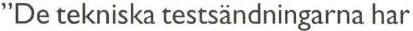
"De tekniska testsändningarna har